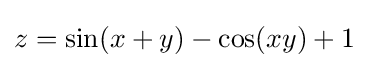
z=\sin(x+y)-\cos(xy)+1